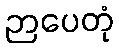
ဉာပေတုံ